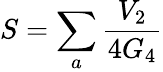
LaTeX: S=\sum_{a}\frac{V_{2}}{4G_{4}}